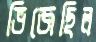
ভিজেছিল